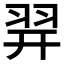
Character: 𦐧